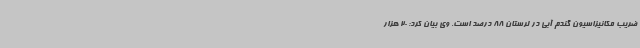
ضریب مکانیزاسیون گندم آبی در لرستان 88 درصد است. وی بیان کرد: 20 هزار